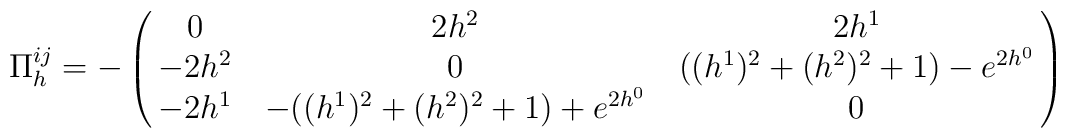
\Pi^{ij}_h=-\pmatrix{0 & 2h^2 & 2h^1\cr -2h^2 &  0 &  ((h^1)^2+(h^2)^2+1)-e^{2h^0}\cr -2h^1 & -((h^1)^2+(h^2)^2+1)+e^{2h^0} & 0}